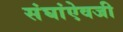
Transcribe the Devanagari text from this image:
संघांऐवजी